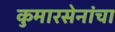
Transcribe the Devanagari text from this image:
कुमारसेनांचा